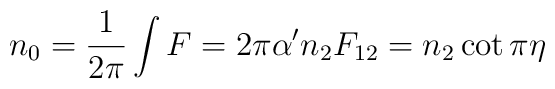
n_0={1\over 2\pi}\int F = 2\pi\alpha^\prime n_2 F_{12} = n_2\cot\pi\eta